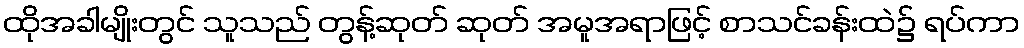
ထိုအခါမျိုးတွင် သူသည် တွန့်ဆုတ် ဆုတ် အမူအရာဖြင့် စာသင်ခန်းထဲ၌ ရပ်ကာ